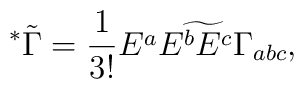
^*\tilde\Gamma={{1}\over{3!}}\widetilde{E^aE^bE^c\Gamma_{abc}},